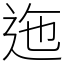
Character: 迤